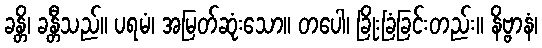
ခန္တိ၊ ခန္တီသည်။ ပရမံ၊ အမြတ်ဆုံးသော။ တပေါ၊ ခြိုးခြံခြင်းတည်း။ နိဗ္ဗာနံ၊